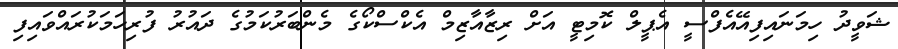
ޝަވީދު ހިމަނައިފިއޭއެފްސީ އެޕީލް ކޮމިޓީ އަށް ރިޒާއާޒިމް އެކްސްކޯގެ މެންބަރުކަމުގެ ދައުރު ފުރިހަމަކުރައްވައިފި